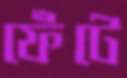
ফেঁটে